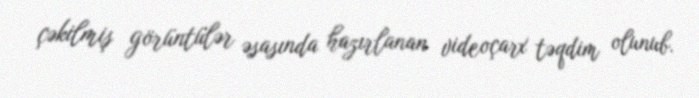
çəkilmiş görüntülər əsasında hazırlanan videoçarx təqdim olunub.